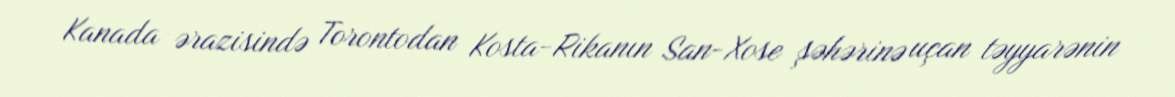
Kanada ərazisində Torontodan Kosta-Rikanın San-Xose şəhərinə uçan təyyarənin